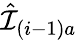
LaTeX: \hat{\mathcal{I}}_{(i-1)a}